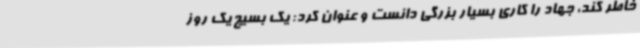
خاطر کند، جهاد را کاری بسیار بزرگی دانست و عنوان کرد: یک بسیج یک روز